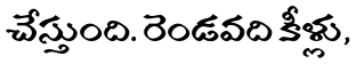
చేస్తుంది. రెండవది కీళ్లు,